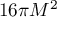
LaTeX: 1 6 \pi M ^ { 2 }